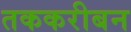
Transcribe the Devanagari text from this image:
तककरीबन